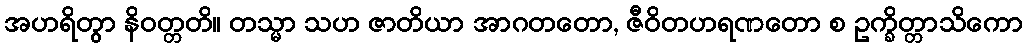
အဟရိတွာ နိဝတ္တတိ။ တသ္မာ သဟ ဇာတိယာ အာဂတတော, ဇီဝိတဟရဏတော စ ဥက္ခိတ္တာသိကော